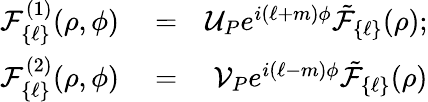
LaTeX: \begin{array}{rlr}{{\cal F}_{\{ \ell\} }^{(1)}(\rho,\phi)}&{{}=}&{{\cal U}_{P}e^{i(\ell+m)\phi}{\tilde{\cal F}}_{\{ \ell\} }(\rho);}\\ {{\cal F}_{\{ \ell\} }^{(2)}(\rho,\phi)}&{{}=}&{{\cal V}_{P}e^{i(\ell-m)\phi}{\tilde{\cal F}}_{\{ \ell\} }(\rho)}\end{array}